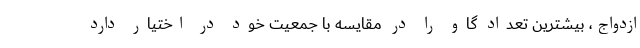
ازدواج، بیشترین تعداد گاو را در مقایسه با جمعیت خود در اختیار دارد